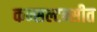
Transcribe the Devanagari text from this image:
कन्सल्टन्सीत